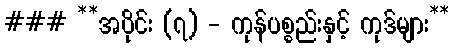
### **အပိုင်း (၇) - ကုန်ပစ္စည်းနှင့် ကုဒ်များ**